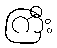
ကြီး